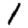
Digit: 1